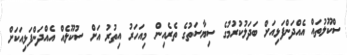
ސްކޫލުތައް އެއްދަންފަޅިއަށް ބަދަލުކުރުމުގެ ސިޔާސަތުގެ ތެރެއިން މިއަހަރު އިތުރު އަށް ސުކޫލެއް އެއްދަންފަޅިއަކަށް